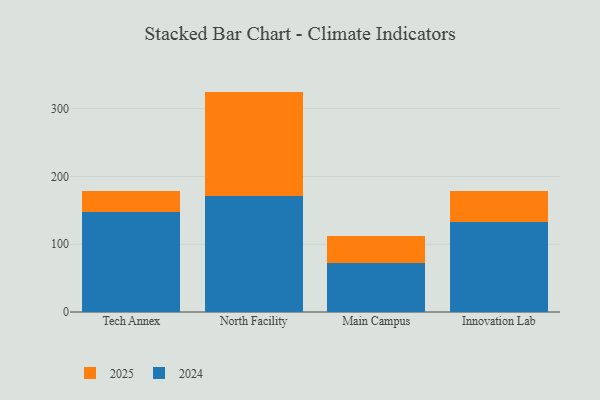
{"axis": {"x": "Campus", "y": "Headcount"}, "legend": ["2024", "2025"], "data": [{"x": "Tech Annex", "y": 31.0, "type": "2025"}, {"x": "Tech Annex", "y": 146.9, "type": "2024"}, {"x": "North Facility", "y": 154.1, "type": "2025"}, {"x": "North Facility", "y": 171.1, "type": "2024"}, {"x": "Main Campus", "y": 39.7, "type": "2025"}, {"x": "Main Campus", "y": 72.8, "type": "2024"}, {"x": "Innovation Lab", "y": 45.9, "type": "2025"}, {"x": "Innovation Lab", "y": 132.2, "type": "2024"}]}